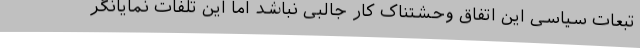
تبعات سیاسی این اتفاق وحشتناک کار جالبی نباشد اما این تلفات نمایانگر